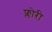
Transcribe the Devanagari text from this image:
फ्लोऱी